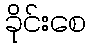
ခိုင်းစေ